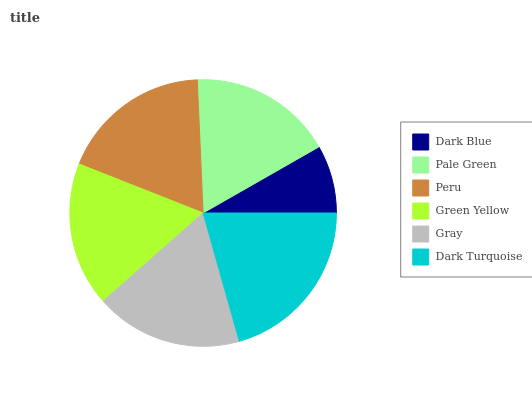
| Dark Blue | Pale Green | Peru | Green Yellow | Gray | Dark Turquoise |
 | --- | --- | --- | --- | --- | --- |
 | 8.25% | 17.5% | 18.3% | 17.5% | 17.8% | 20.7% |